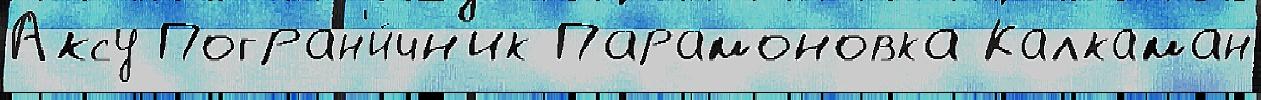
Аксу Погран'и́чн'ик Парамоновка Калкаман